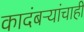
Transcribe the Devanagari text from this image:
कादंबऱ्यांचाही